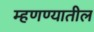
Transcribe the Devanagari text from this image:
म्हणण्यातील